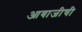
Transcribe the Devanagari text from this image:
आबाजीची